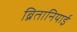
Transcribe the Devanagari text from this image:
ब्रितानियाई